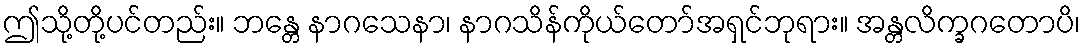
ဤသို့တို့ပင်တည်း။ ဘန္တေ နာဂသေနာ၊ နာဂသိန်ကိုယ်တော်အရှင်ဘုရား။ အန္တလိက္ခဂတောပိ၊